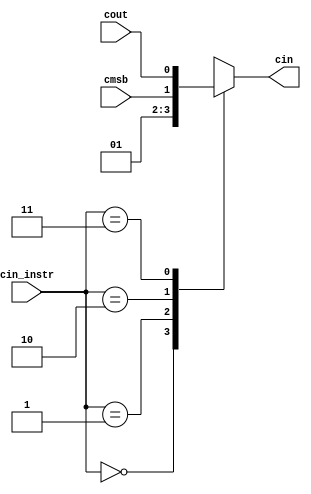
// Combinational logic for the operation of the carry in
module cin_det(
	input [1:0] cin_instr,
	input cmsb,
	input cout,
	output reg cin
);

always @ (*)
begin
	case (cin_instr[1:0])
	2'b00:
		cin = 0;
	2'b01:
		cin = 1;
	2'b10:
		cin = cmsb;
	2'b11:
		cin = cout;
	endcase
end

endmodule